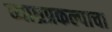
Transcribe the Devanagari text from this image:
व्याघ्रप्रकल्पाचा